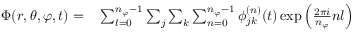
\begin{array} { r l } { \Phi ( r , \theta , \varphi , t ) = } & { { } \sum _ { l = 0 } ^ { n _ { \varphi } - 1 } \sum _ { j } \sum _ { k } \sum _ { n = 0 } ^ { n _ { \varphi } - 1 } \phi _ { j k } ^ { ( n ) } ( t ) \exp { \left( \frac { 2 \pi i } { n _ { \varphi } } n l \right) } } \end{array}